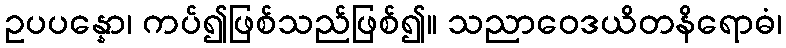
ဥပပန္နော၊ ကပ်၍ဖြစ်သည်ဖြစ်၍။ သညာဝေဒယိတနိရောဓံ၊